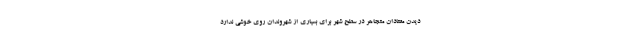
دیدن معتادان متجاهر در سطح شهر برای بسیاری از شهروندان روی خوشی ندارد